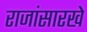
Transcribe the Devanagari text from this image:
राजांसारखे